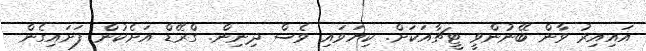
އައިއިރު ވާން ބޭނުންވީ ޓީޗާއަކަށް. ކިޔަވައި ވެސް ދިނިން. ގްރޭޑް އަށެކުން ފަށައިގެން